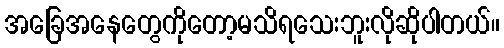
အခြေအနေတွေကိုတော့မသိရသေးဘူးလိုဆိုပါတယ်။